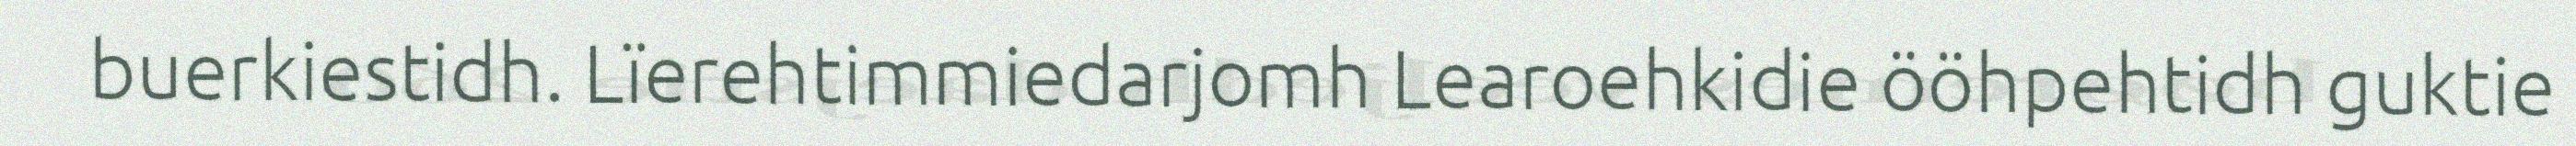
buerkiestidh. Lïerehtimmiedarjomh Learoehkidie ööhpehtidh guktie